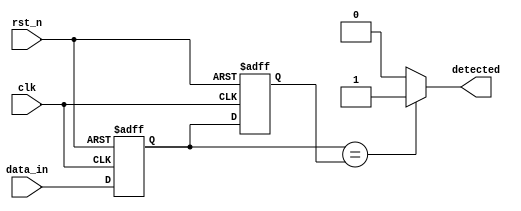
module dual_ff_detector (
    input wire clk,             // Clock input
    input wire rst_n,           // Active low reset
    input wire data_in,         // Input signal to be monitored
    output reg detected         // Output signal indicating detection
);

    // Internal signals for flip-flop outputs
    reg ff1_out;                // Output of the first flip-flop
    reg ff2_out;                // Output of the second flip-flop

    // Flip-flop 1: Capture input on rising edge of clock
    always @(posedge clk or negedge rst_n) begin
        if (!rst_n) begin
            ff1_out <= 1'b0;    // Reset FF1 output
        end else begin
            ff1_out <= data_in; // Capture input signal
        end
    end

    // Flip-flop 2: Capture output of FF1 on the next rising edge
    always @(posedge clk or negedge rst_n) begin
        if (!rst_n) begin
            ff2_out <= 1'b0;    // Reset FF2 output
        end else begin
            ff2_out <= ff1_out; // Capture output of FF1
        end
    end

    // Control logic for pattern detection
    // Example: Detect if both flip-flops have the same value
    always @(*) begin
        if (ff1_out == ff2_out) begin
            detected = 1'b1;      // Condition met
        end else begin
            detected = 1'b0;      // Condition not met
        end
    end

endmodule